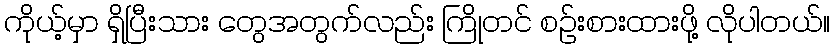
ကိုယ့်မှာ ရှိပြီးသား တွေအတွက်လည်း ကြိုတင် စဉ်းစားထားဖို့ လိုပါတယ်။